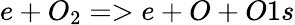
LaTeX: e+O_{2}=>e+O+O1s